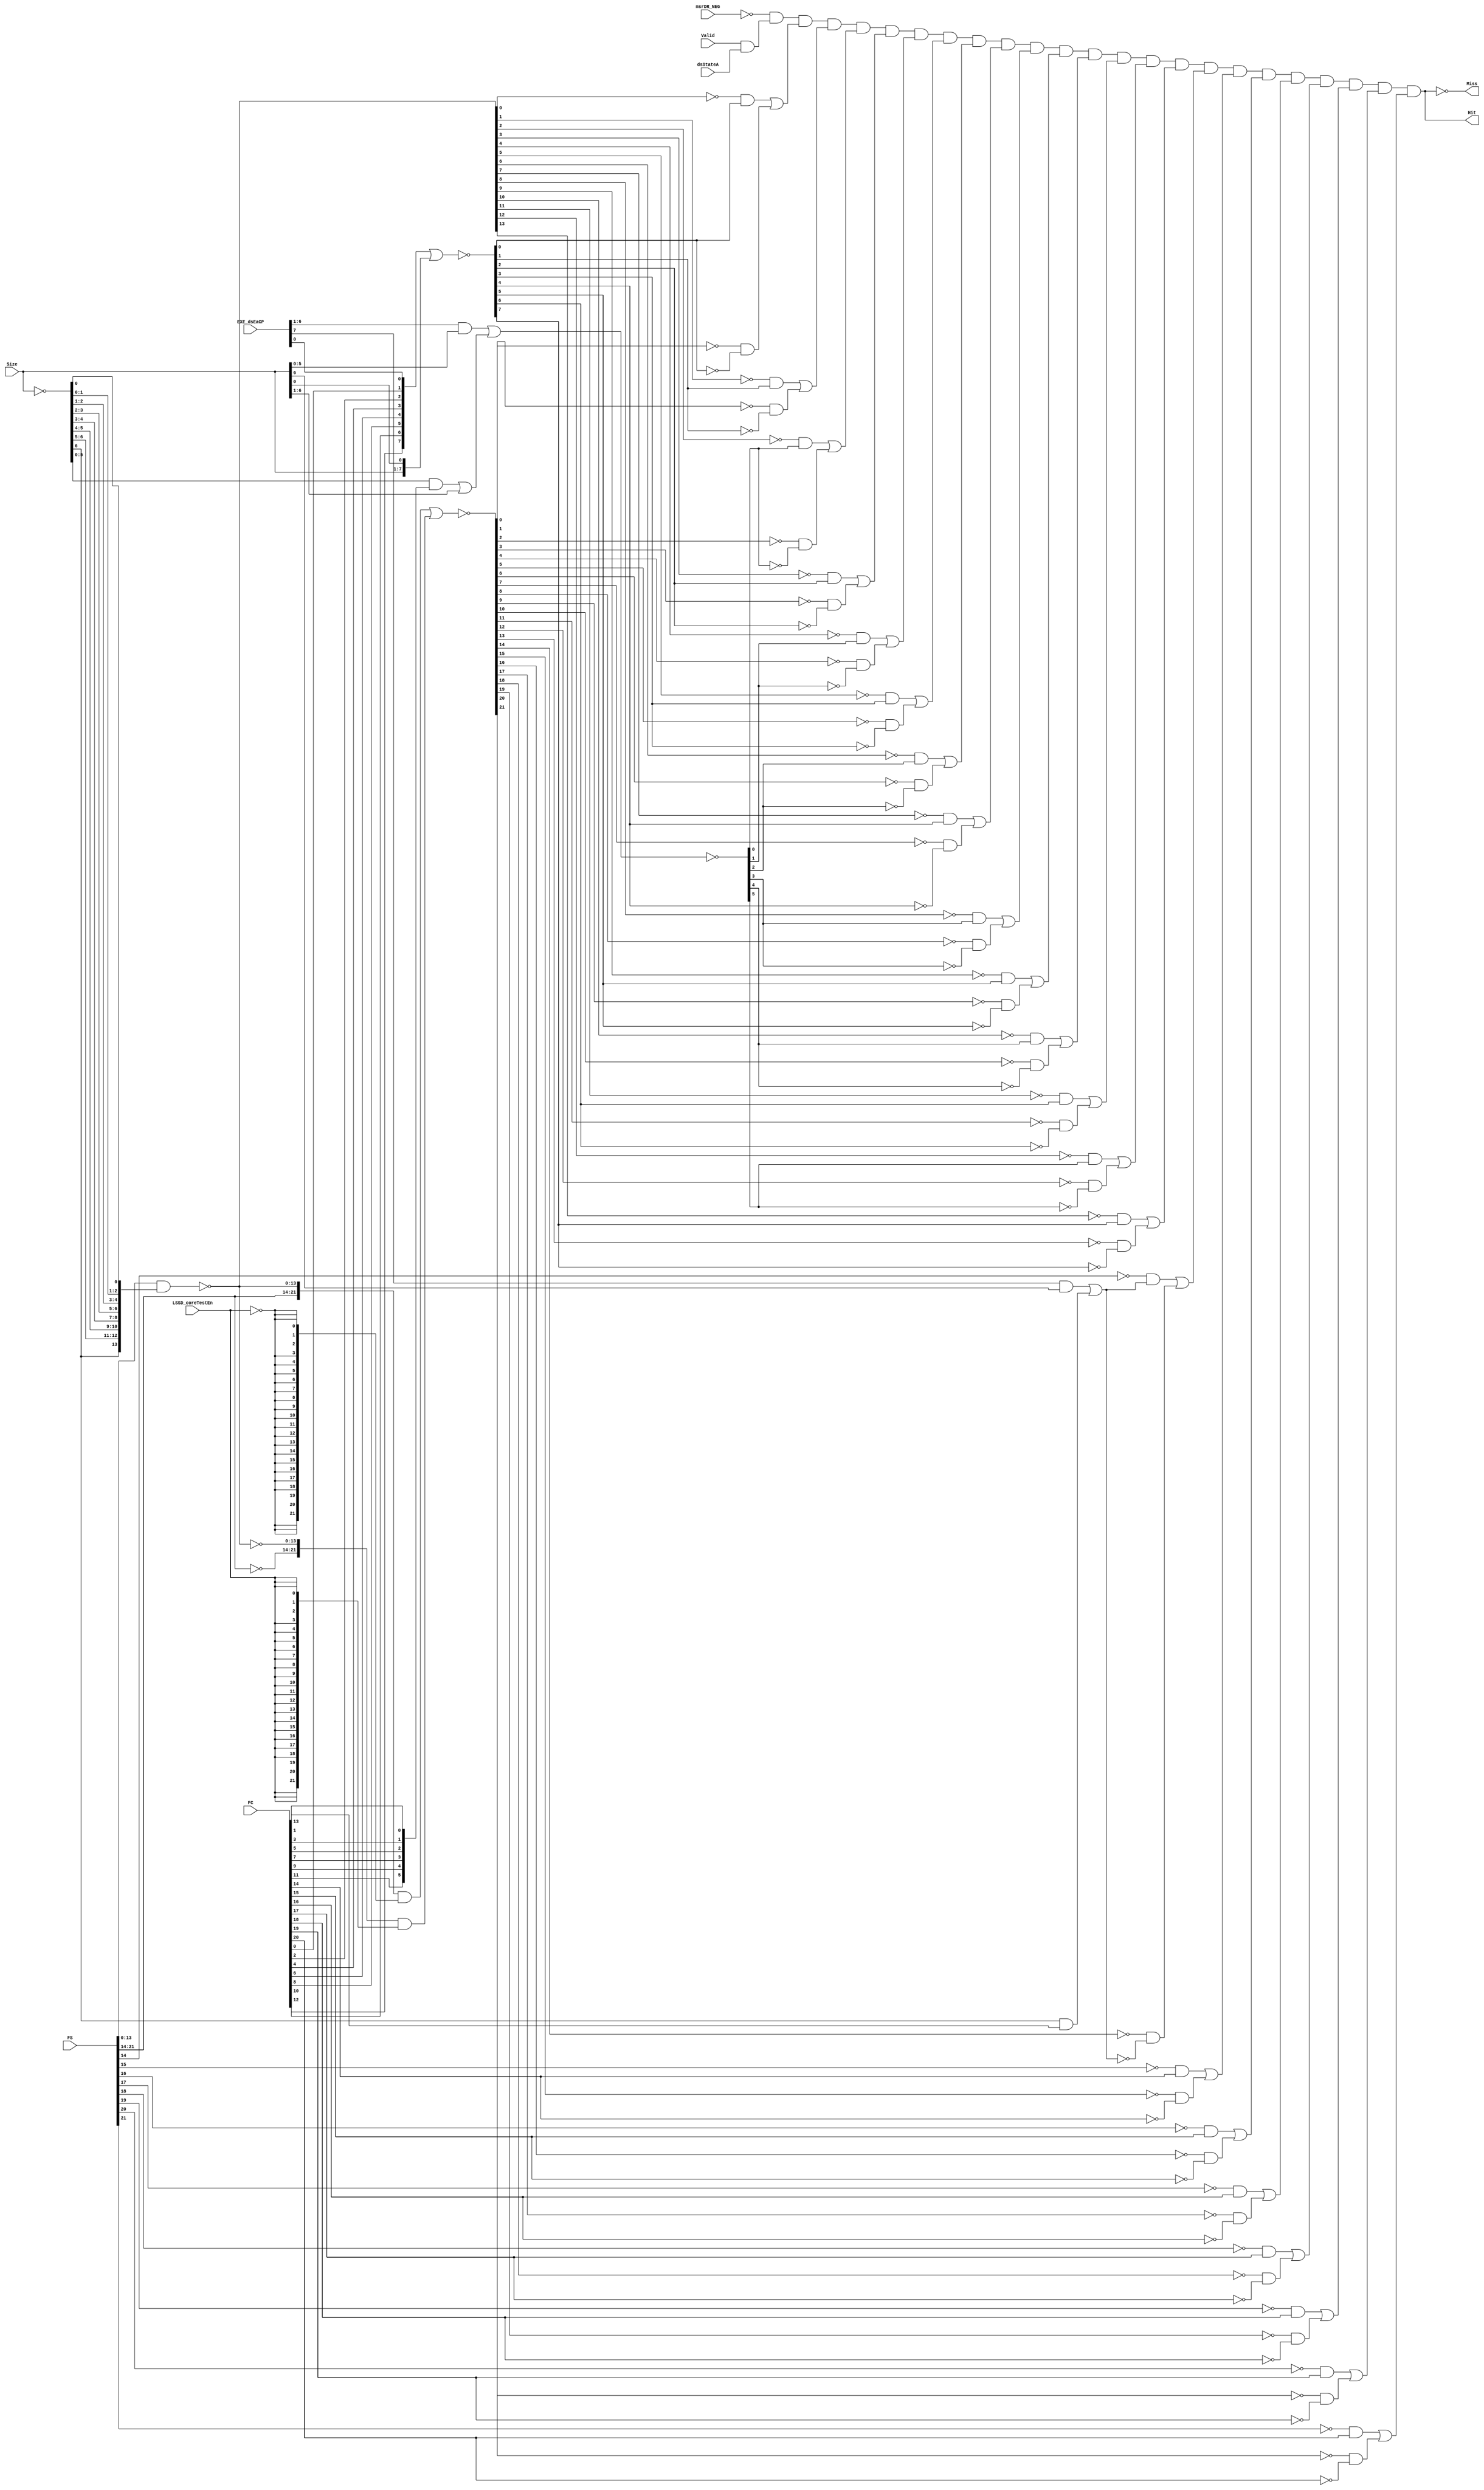
// 
// ************************************************************************** 
// 
//  Copyright (c) International Business Machines Corporation, 2005. 
// 
//  This file contains trade secrets and other proprietary and confidential 
//  information of International Business Machines Corporation which are 
//  protected by copyright and other intellectual property rights and shall 
//  not be reproduced, transferred to other documents, disclosed to others, 
//  or used for any purpose except as specifically authorized in writing by 
//  International Business Machines Corporation. This notice must be 
//  contained as part of this text at all times. 
// 
// ************************************************************************** 
//

module p405s_dtlb_SM_dsEaComp( Hit,
                    Miss,
                    EXE_dsEaCP,
                    FC,
                    FS,
                    LSSD_coreTestEn,
                    Size,
                    Valid,
                    dsStateA,
                    msrDR_NEG
                    );

output  Hit;
output  Miss;

input  LSSD_coreTestEn;
input  Valid;
input  dsStateA;
input  msrDR_NEG;

input [0:7]   EXE_dsEaCP;
input [0:21]  FS;
input [0:21]  FC;
input [0:6]   Size;

// Buses in the design

wire  [0:6]   Size_NEG;
wire  [0:21]  sum_NEG;
wire  [8:21]  sum;
wire  [0:21]  sumNegNoRedund;
wire  [8:22]  carry;

wire  stateValid;
wire  FC1;
wire  FC2;
wire  FC3;
wire  FC4;
wire  FC5;
wire  FC6;
wire  FC7;

wire  Hit_i;

  assign Hit = Hit_i;

assign Hit_i = ( (~msrDR_NEG) &
               (~stateValid) &
               ((~sum[21] & carry[22]) | (~sumNegNoRedund[21] & ~carry[22])) &
               ((~sum[20] & carry[21]) | (~sumNegNoRedund[20] & ~carry[21])) &
               ((~sum[19] & carry[20]) | (~sumNegNoRedund[19] & ~carry[20])) &
               ((~sum[18] & carry[19]) | (~sumNegNoRedund[18] & ~carry[19])) &
               ((~sum[17] & carry[18]) | (~sumNegNoRedund[17] & ~carry[18])) &
               ((~sum[16] & carry[17]) | (~sumNegNoRedund[16] & ~carry[17])) &
               ((~sum[15] & carry[16]) | (~sumNegNoRedund[15] & ~carry[16])) &
               ((~sum[14] & carry[15]) | (~sumNegNoRedund[14] & ~carry[15])) &
               ((~sum[13] & carry[14]) | (~sumNegNoRedund[13] & ~carry[14])) &
               ((~sum[12] & carry[13]) | (~sumNegNoRedund[12] & ~carry[13])) &
               ((~sum[11] & carry[12]) | (~sumNegNoRedund[11] & ~carry[12])) &
               ((~sum[10] & carry[11]) | (~sumNegNoRedund[10] & ~carry[11])) &
               ((~sum[9] & carry[10]) | (~sumNegNoRedund[9] & ~carry[10])) &
               ((~sum[8] & carry[9]) | (~sumNegNoRedund[8] & ~carry[9])) &
               ((~FS[7] & carry[8]) | (~sumNegNoRedund[7] & ~carry[8])) &
               ((~FS[6] & FC[7]) | (~sumNegNoRedund[6] & ~FC[7])) &
               ((~FS[5] & FC[6]) | (~sumNegNoRedund[5] & ~FC[6])) &
               ((~FS[4] & FC[5]) | (~sumNegNoRedund[4] & ~FC[5])) &
               ((~FS[3] & FC[4]) | (~sumNegNoRedund[3] & ~FC[4])) &
               ((~FS[2] & FC[3]) | (~sumNegNoRedund[2] & ~FC[3])) &
               ((~FS[1] & FC[2]) | (~sumNegNoRedund[1] & ~FC[2])) &
               ((~FS[0] & FC[1]) | (~sumNegNoRedund[0] & ~FC[1])) ); 

assign Miss = ~Hit_i;
               
  // Removed the module "dp_muxMMU_dsCompRedund"
  assign sumNegNoRedund[0:21] = ~( ({FS[0:7], sum[8:21]} & {(22){~(LSSD_coreTestEn)}} ) |
                                   (sum_NEG[0:21] & {(22){LSSD_coreTestEn}} ) );

  // Removed the module "dp_logMMU_dsCompSV"
  assign stateValid = ~( Valid & dsStateA );

  // Removed the module "dp_logMMU_dsCompSumBar"
  assign sum_NEG[8:21] = ~(sum[8:21]);

  // Removed the module "dp_logMMU_dsCompSum"
  assign sum[8:21] = ~( FS[8:21] & {Size_NEG[0],Size_NEG[0],Size_NEG[1],Size_NEG[1],Size_NEG[2],
                        Size_NEG[2],Size_NEG[3],Size_NEG[3],Size_NEG[4],Size_NEG[4],Size_NEG[5],
                        Size_NEG[5],Size_NEG[6],Size_NEG[6]} );

  // Removed the module "dp_logMMU_dsCompSum1"
  assign sum_NEG[0:7] = ~(FS[0:7]);

  // Removed the module "dp_logMMU_dsCompCarry2"
  assign {carry[9],carry[11],carry[13],carry[15],carry[17],carry[19],carry[21],carry[22]} =
                      ~( {FC[9],FC[11],FC[13],FC[15],FC[17],FC[19],FC[21],EXE_dsEaCP[7]} |
                      {Size[0:6],Size[6]} );

  // Removed the module "dp_logMMU_dsCompCarry"
    assign {carry[10], carry[12], carry[14], carry[16], carry[18], carry[20]} = 
                    ~( (EXE_dsEaCP[1:6] & Size[1:6]) | {FC6, FC5, FC4, FC3, FC2, FC1} );

  // Removed the module "dp_logMMU_dsCompC8"
  assign carry[8] = (EXE_dsEaCP[0] & Size[0]) | FC7;

  // Removed the module "dp_logMMU_dsCompFCS7"
  assign FC7 = Size_NEG[0] & FC[8];

  // Removed the module "dp_logMMU_dsCompFCS"
  assign {FC6, FC5, FC4, FC3, FC2, FC1} = (Size_NEG[1:6] & {FC[10], FC[12], FC[14], FC[16],
                                           FC[18],FC[20]}) | Size[0:5];

  // Removed the module "dp_logMMU_dsCompInv"
  assign Size_NEG[0:6] = ~(Size[0:6]);

endmodule